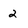
Character: 2